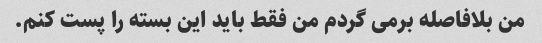
من بلافاصله برمی گردم من فقط باید این بسته را پست کنم.